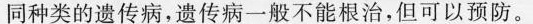
同种类的遗传病，遗传病一般不能根治，但可以预防。